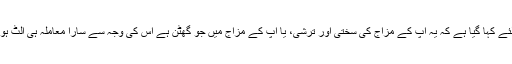
لہذا اسی لئے کہا گیا ہے کہ یہ آپ کے مزاج کی سختی اور ترشی، یا آپ کے مزاج میں جو گھٹن ہے اس کی وجہ سے سارا معاملہ ہی الٹ ہو جاتا ہے۔